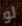
لو